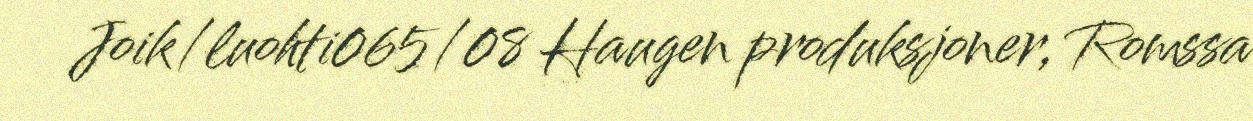
Joik/luohti065/08 Haugen produksjoner, Romssa